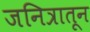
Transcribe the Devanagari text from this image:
जनित्रातून